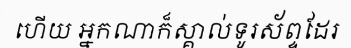
ហើយ អ្នកណាក៏ស្គាល់ទូរស័ព្ទដែរ